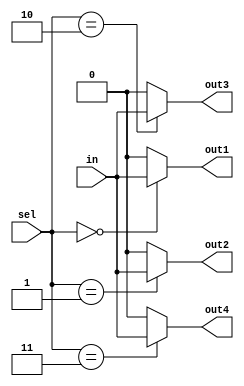
module demux_1_to_4(input in, input [1:0] sel, output out1, output out2, output out3, output out4);

assign out1 = (sel == 2'b00) ? in : 1'b0;
assign out2 = (sel == 2'b01) ? in : 1'b0;
assign out3 = (sel == 2'b10) ? in : 1'b0;
assign out4 = (sel == 2'b11) ? in : 1'b0;

endmodule